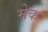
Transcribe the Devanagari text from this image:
मे़क